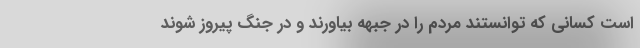
است کسانی که توانستند مردم را در جبهه بیاورند و در جنگ پیروز شوند